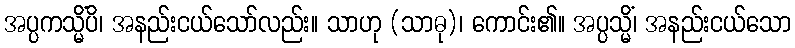
အပ္ပကသ္မိံပိ၊ အနည်းငယ်သော်လည်း။ သာဟု (သာဓု)၊ ကောင်း၏။ အပ္ပသ္မိံ၊ အနည်းငယ်သော